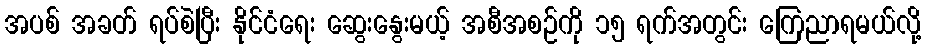
အပစ် အခတ် ရပ်စဲပြီး နိုင်ငံရေး ဆွေးနွေးမယ့် အစီအစဉ်ကို ၁၅ ရက်အတွင်း ကြေညာရမယ်လို့